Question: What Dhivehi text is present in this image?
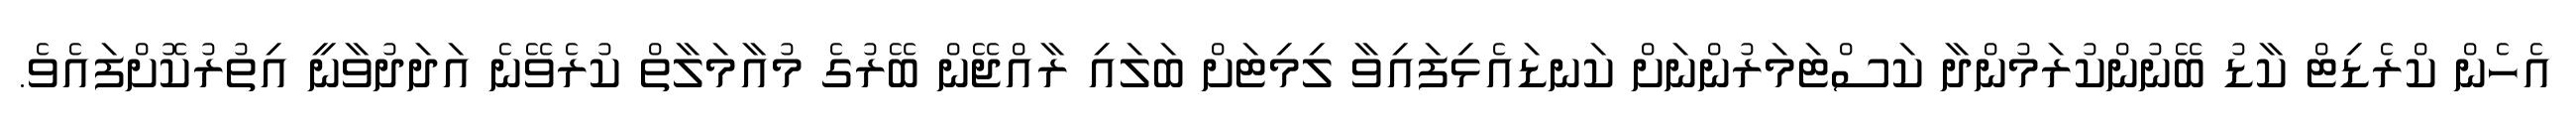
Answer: އެހެން ކްރެޑިޓް ކާޑު ބޭނުންކުރަމުންދާ ކަސްޓަމަރުންނަށް ކަނޑައެޅިފައިވާ ލިމިޓަށް ބަލައި ރާއްޖޭން ބޭރުގެ މުއާމަލާތް ކުރެވޭނެ އަދަދުވާނީ އިތުރުކޮށްފައެވެ.